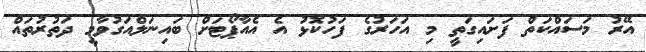
އޭރު މަސައްކަތް ފަށައިގަތީ މި އަހަރުގެ ފަހުކޮޅު އެ އެއާޕޯޓަށް ބައިނަލްއަގުވާމީ ދަތުރުތައް